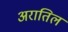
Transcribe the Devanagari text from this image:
अरातिल